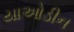
યાઓડીન